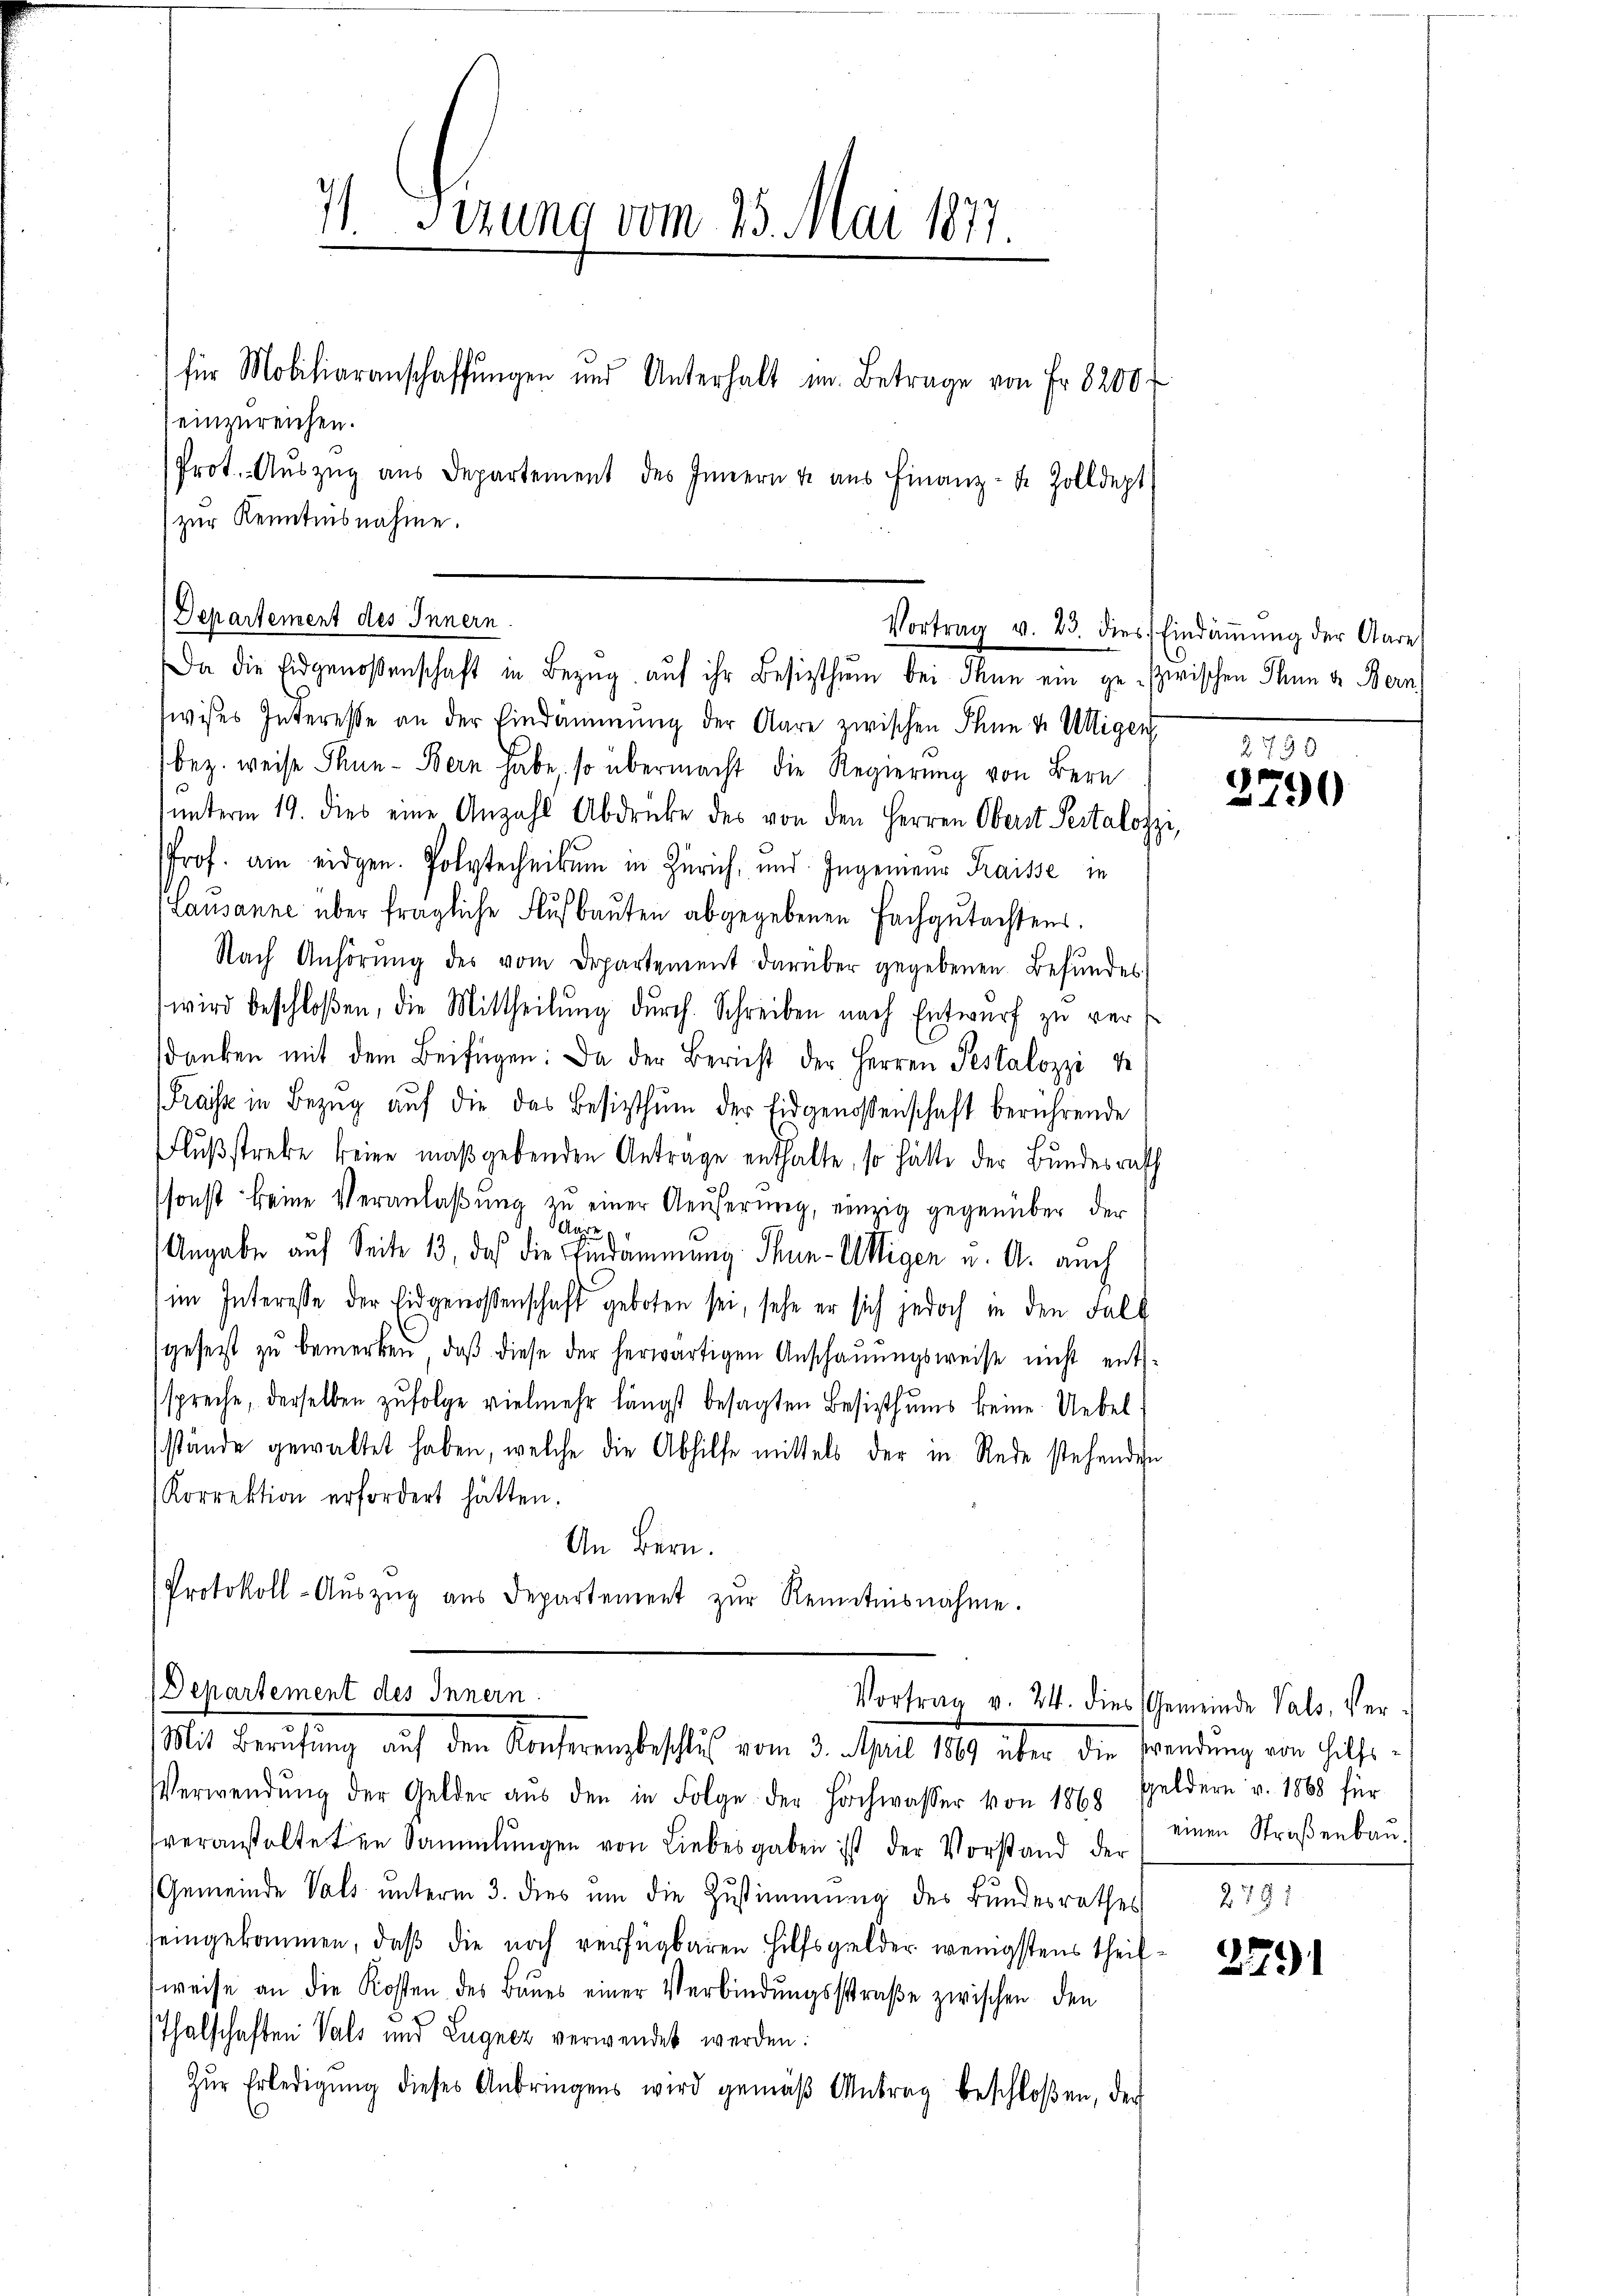
Departement des Innern
Da die Eidgenoßenschaft in Bezug auf ihr Besizthum bei dann ein ge- zwischen Mann u. Bern

4) Ferung vom 13. Mai 1877
für Mobiliaranschaffŭngen und Unterhalt im Betrage von Fr. 8200 f
einzureichen.
Prot. Aŭszŭg aŭs Departement des Innern u. aŭs Finanz- u. Zolldept
zur Kenntnisnahme.

wises Interesse an der Eindämmung der Aare zwischen Ihne u. Utigen
bez. weise Thun - Bern habe, so übermacht die Regierung von Bern
ŭnterm 19. dies eine Anzahl Abdrücke des von den Herren Oberst Pestalozz
Prof. am eidgen. Polytechnikum in Zürich, und Ingenieur Fraisse in
Lausanne über fragliche Flŭsbaŭten abgegebenen Fachgutachtens.
Nach Anhörŭng des vom Departement darüber gegebenen Befundes
wird beschloßen, die Mittheilŭng durch. Schreiben nach Entwurf zu verdanken mit dem Beifügen: Da der Bericht der Herren Pestalozzi u
Fraisse in Bezŭg aŭf die das Besitzthum der Eidgenossenschaft berührende
Flŭβstrebe keine maßgebenden Anträge enthalte, so hätte der Bundesrath
sonst keine Veranlaßung zu einer Aeuferung, einzig gegenüber der
Alre
Angabe auf Seite 13, daß die Eindämmung Thun-Utigen u. A. auch
im Interesse der Eidgenossenschaft geboten sei, sehe er sich jedoch in den Fall
gesetzt zŭ bemerken, daβ diese der herwärtigen Anschaŭŭngsweise nicht ents-
spreche, derselben zufolge vielmehr längst besagten Besizthums keine Uebel
stände gewaltet haben, welche die Abhilfe mittels der in Rede stehenden
Korrektion erfordert hätten.
An Bern.
Protokoll-Aŭszŭg aŭs Departement zŭr Kenntnisnahme.
Departement des Innern
Vortrag v. 24. dies Gemeinde Vals, Ver-
Mit Berufung auf den Anferenzbeslich vom 3. April 1849 über die wendung von Halte
Verwendŭng der Gelder aŭs den in Folge der Hochwasser von 1868 Geldern v. 1868 für
veranstalteten Sammlungen von Liebesgaben ist der Vorstand der
Gemeinde Vals unterm 3. dies um die Zustimmung des Bundesrathes
seingekommen, daß die noch verfügbaren Hilfsgelder wenigstens theilweise an die Kosten des Baues einer Verbindungsstraße zwischen den
Thalschaften Vals und Lugner verwendet werden:
Zŭr Erledigŭng dieses Anbringens wird gemäβ Antrag beschloßen, der

Vortrag v. 23. dies Eindräṁŭng der Aare

zu

2730
2790

einen Straßenbau.

278:
2291